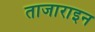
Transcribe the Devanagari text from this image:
ताजाराइन